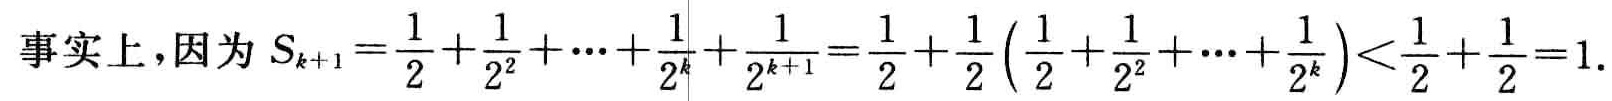
事实上，因为 \(S_{k + 1} = \frac{1}{2} + \frac{1}{2^2} + \cdots + \frac{1}{2^k}+\frac{1}{2^{k + 1}}=\frac{1}{2}+\frac{1}{2}\left(\frac{1}{2}+\frac{1}{2^2}+\cdots+\frac{1}{2^k}\right)<\frac{1}{2}+\frac{1}{2}=1\).